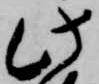
此